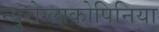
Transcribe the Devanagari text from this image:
न्युरोग्लाकोपिनिया